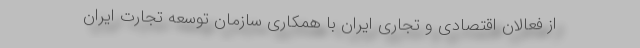
از فعالان اقتصادی و تجاری ایران با همکاری سازمان توسعه تجارت ایران